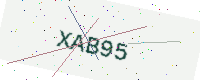
Text: XAB95